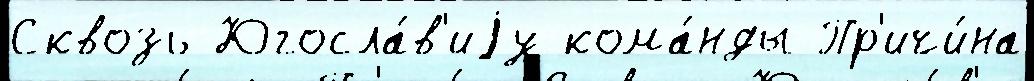
Сквозь Югосла́в'иjу кома́нды Пр'ичи́на